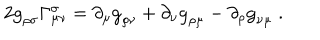
2 { \tt g } _ { \rho \sigma } \Gamma _ { \mu \nu } ^ { \sigma } = \partial _ { \mu } { \tt g } _ { \rho \nu } + \partial _ { \nu } { \tt g } _ { \rho \mu } - \partial _ { \rho } { \tt g } _ { \nu \mu } \; .